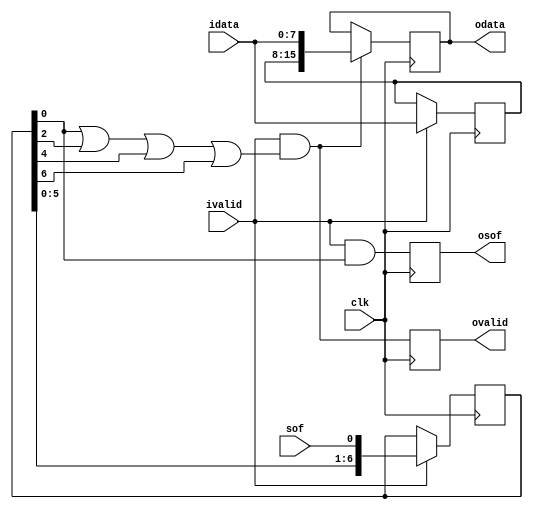
// ***************************************************************************
// ***************************************************************************
// Copyright 2014 - 2020 (c) Analog Devices, Inc. All rights reserved.
//
// In this HDL repository, there are many different and unique modules, consisting
// of various HDL (Verilog or VHDL) components. The individual modules are
// developed independently, and may be accompanied by separate and unique license
// terms.
//
// The user should read each of these license terms, and understand the
// freedoms and responsibilities that he or she has by using this source/core.
//
// This core is distributed in the hope that it will be useful, but WITHOUT ANY
// WARRANTY; without even the implied warranty of MERCHANTABILITY or FITNESS FOR
// A PARTICULAR PURPOSE.
//
// Redistribution and use of source or resulting binaries, with or without modification
// of this file, are permitted under one of the following two license terms:
//
//   1. The GNU General Public License version 2 as published by the
//      Free Software Foundation, which can be found in the top level directory
//      of this repository (LICENSE_GPL2), and also online at:
//      <https://www.gnu.org/licenses/old-licenses/gpl-2.0.html>
//
// OR
//
//   2. An ADI specific BSD license, which can be found in the top level directory
//      of this repository (LICENSE_ADIBSD), and also on-line at:
//      https://github.com/analogdevicesinc/hdl/blob/master/LICENSE_ADIBSD
//      This will allow to generate bit files and not release the source code,
//      as long as it attaches to an ADI device.
//
// ***************************************************************************
// ***************************************************************************

`timescale 1ns/100ps

//
// Pack two input beats into one and align it based on start of frame
//
// Frame size 2 beats:
// Temporal ordering of input:
//   idata : MS Beat, LS Beat, MS Beat, LS Beat, ...
//   sof   :       1,       0,       1,       0, ...
// Format of output beats:  {MS Beat, LS Beat}
//
// Frame size 4 beats:
// Temporal ordering of input:
//   idata : MS Beat, LS Beat, MS Beat, LS Beat, MS Beat, LS Beat, ...
//   sof   :       1,       0,       0,       0,       1,       0, ...

module adrv9001_pack #(
  parameter WIDTH = 8
)(
  input                      clk,    // Input clock
  input                      sof,    // Start of frame indicator marking the MS Beat
  input       [WIDTH-1:0]    idata,  // Input data beat
  input                      ivalid, // Input data qualifier
  output reg  [WIDTH*2-1:0]  odata,  // Output data beat
  output reg                 ovalid, // Output data qualifier
  output reg                 osof    // Output Start of frame indicator
);

  reg  [WIDTH-1:0] idata_d = {WIDTH{1'b0}};
  always @(posedge clk) begin
    if (ivalid) begin
      idata_d <= idata;
    end
  end

  // Single clock mode:
  reg [6:0] sof_d = 7'b000;
  // Use sof_d[2] for frame size of 4 beats
  // Use sof_d[4,6] for frame size of 8 beats
  always @(posedge clk) begin
    if (ivalid) begin
      sof_d <= {sof_d[5:0],sof};
    end
    if (ivalid &(sof_d[0] | sof_d[2] | sof_d[4] | sof_d[6])) begin
      odata <= {idata_d,idata};
    end
    ovalid <= ivalid & (sof_d[0] | sof_d[2] | sof_d[4] | sof_d[6]);
    osof <= ivalid & sof_d[0];
  end

endmodule